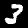
Digit: 3